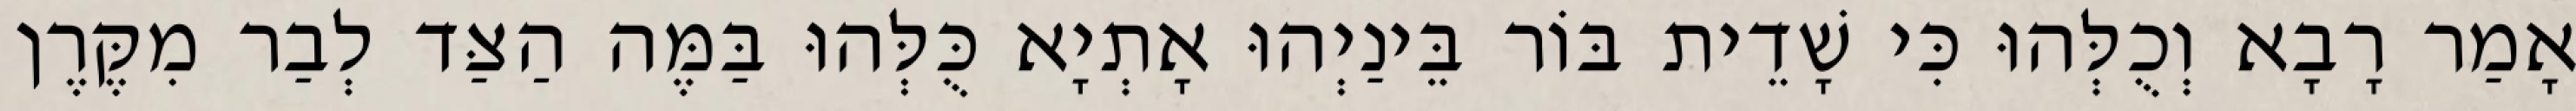
אָמַר רָבָא וְכֻלְּהוּ כִּי שָׁדֵית בּוֹר בֵּינַיְהוּ אָתְיָא כֻּלְּהוּ בַּמֶּה הַצַּד לְבַר מִקֶּרֶן